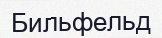
Бильфельд